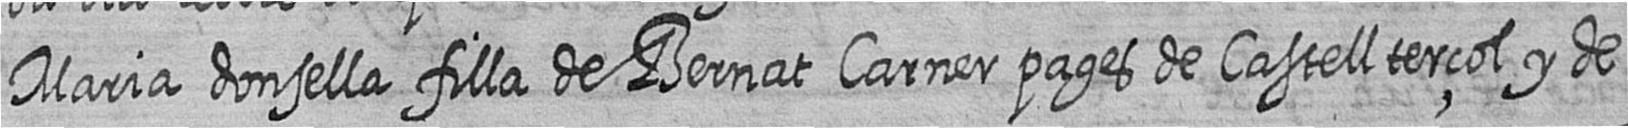
Maria donsella filla de Bernat Carner pages de Castellterçol y de